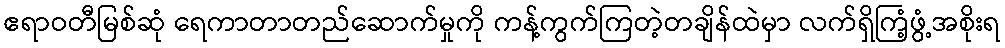
ဧရာဝတီမြစ်ဆုံ ရေကာတာတည်ဆောက်မှုကို ကန့်ကွက်ကြတဲ့တချိန်ထဲမှာ လက်ရှိကြံ့ဖွံ့အစိုးရ